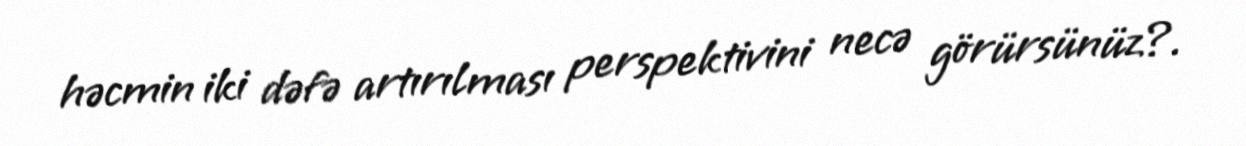
həcmin iki dəfə artırılması perspektivini necə görürsünüz?.